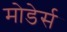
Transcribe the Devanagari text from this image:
मोडेर्स